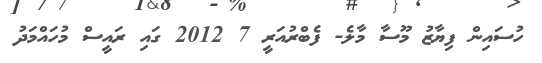
ހުސައިން ފިޔާޒު މޫސާ މާލެ- ފެބްރުއަރީ 7 2012 ގައި ރައީސް މުހައްމަދު